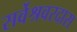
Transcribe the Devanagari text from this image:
सर्वेश्रवरदास